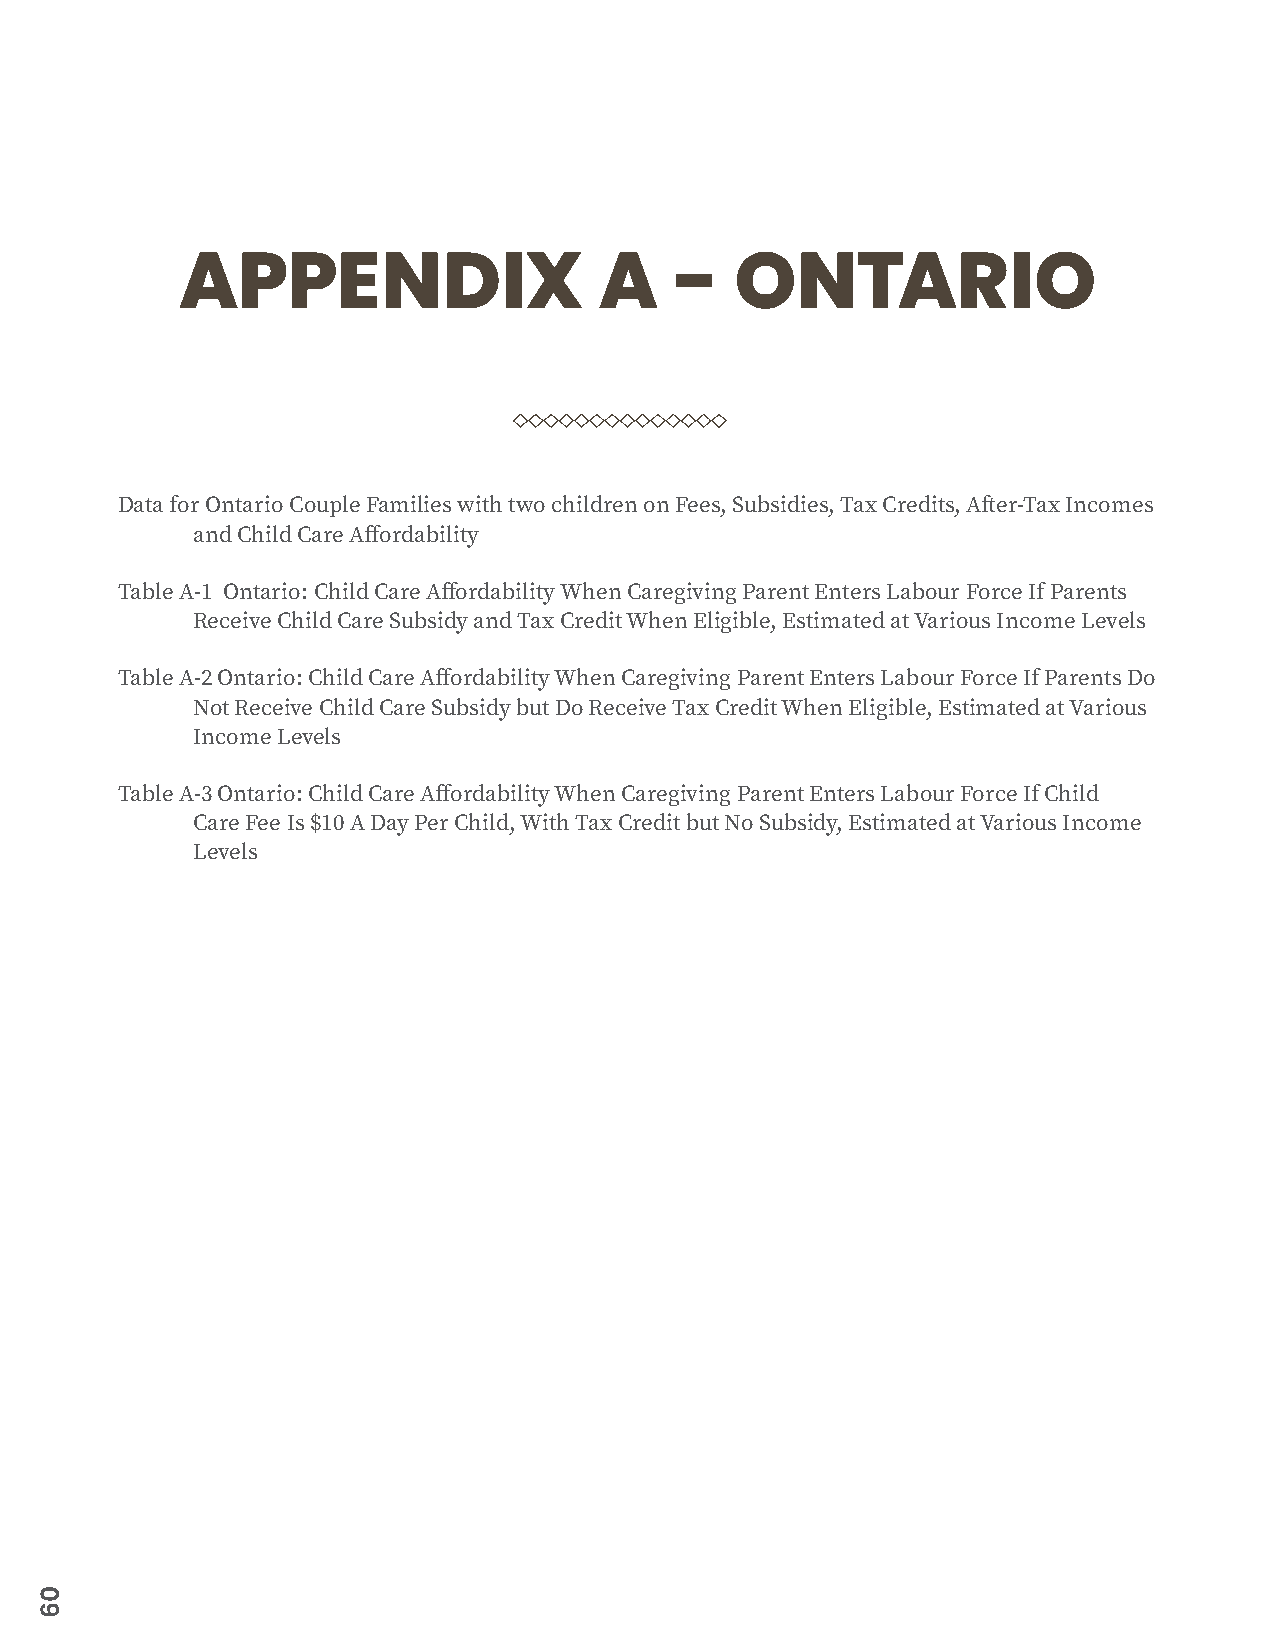
APPENDIX                    A    -   ONTARIO
 Data for Ontario Couple Families with two children on Fees, Subsidies, Tax Credits, After-Tax Incomes
 and Child Care Affordability
 Table A-1 Ontario: Child Care Affordability When Caregiving Parent Enters Labour Force If Parents
 Receive Child Care Subsidy and Tax Credit When Eligible, Estimated at Various Income Levels
 Table A-2 Ontario: Child Care Affordability When Caregiving Parent Enters Labour Force If Parents Do
 Not Receive Child Care Subsidy but Do Receive Tax Credit When Eligible, Estimated at Various
 Income Levels
 Table A-3 Ontario: Child Care Affordability When Caregiving Parent Enters Labour Force If Child
 Care Fee Is $10 A Day Per Child, With Tax Credit but No Subsidy, Estimated at Various Income
 Levels
 06